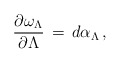
\begin{align*}\frac{\partial\omega_\Lambda}{\partial\Lambda}\,=\,d\alpha_\Lambda\,, \end{align*}